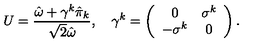
U = { \frac { \hat { \omega } + \gamma ^ { k } \hat { \pi } _ { k } } { \sqrt 2 \hat { \omega } } } , \quad \gamma ^ { k } = \left( \begin{array} { c c } { 0 } & { \sigma ^ { k } } \\ { - \sigma ^ { k } } & { 0 } \\ \end{array} \right) .